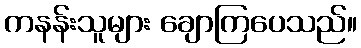
ကနန်းသူများ ချောကြပေသည်။